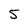
Character: 5